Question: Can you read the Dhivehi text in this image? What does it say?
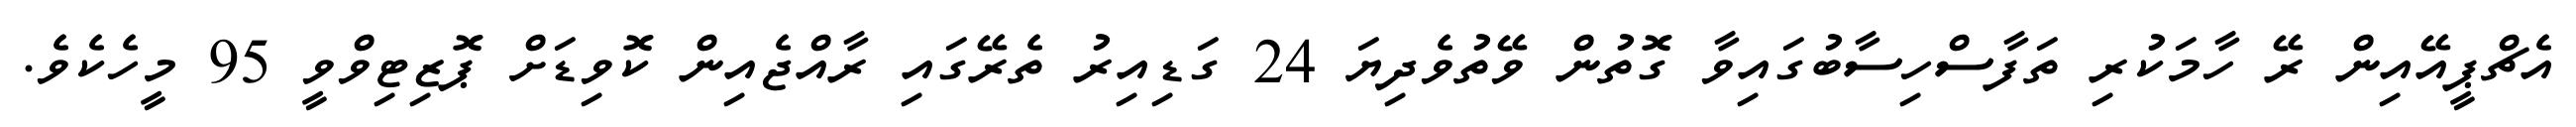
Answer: އެޗްޕީއޭއިން ރޭ ހާމަކުރި ތަފާސްހިސާބުގައިވާ ގޮތުން ވޭތުވެދިޔަ 24 ގަޑިއިރު ތެރޭގައި ރާއްޖެއިން ކޮވިޑަށް ޕޮޒިޓިވްވީ 95 މީހެކެވެ.